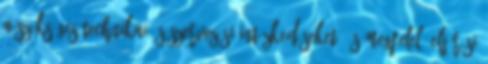
a szükséges technikai és szervezési intézkedéseket, és megfelelő eljárási